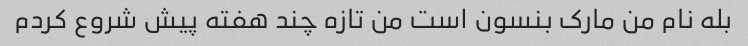
بله نام من مارک بنسون است من تازه چند هفته پیش شروع کردم